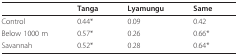
|  | Tanga | Lyamungu | Same |
 | --- | --- | --- | --- |
 | Control | 0.44* | 0.09 | 0.42 |
 | Below 1000 m | 0.57* | 0.26 | 0.66* |
 | Savannah | 0.52* | 0.28 | 0.64* |